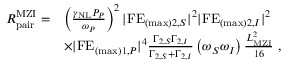
\begin{array} { r l } { R _ { \mathrm { p a i r } } ^ { \mathrm { M Z I } } = } & { \left( \frac { \gamma _ { \mathrm { N L } } P _ { P } } { \omega _ { P } } \right) ^ { 2 } | \mathrm { F E } _ { ( \mathrm { m a x } ) 2 , S } | ^ { 2 } | \mathrm { F E } _ { ( \mathrm { m a x } ) 2 , I } | ^ { 2 } } \\ & { \times | \mathrm { F E } _ { ( \mathrm { m a x } ) 1 , P } | ^ { 4 } \frac { \Gamma _ { 2 , S } \Gamma _ { 2 , I } } { \Gamma _ { 2 , S } + \Gamma _ { 2 , I } } \left( \omega _ { S } \omega _ { I } \right) \frac { L _ { \mathrm { M Z I } } ^ { 2 } } { 1 6 } \ , } \end{array}